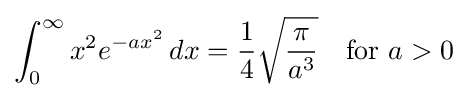
\int _{0}^{\infty }{x^{2}e^{-ax^{2}}\,dx}={\frac {1}{4}}{\sqrt {\frac {\pi }{a^{3}}}}\quad {\text{for }}a>0